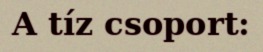
A tíz csoport: